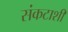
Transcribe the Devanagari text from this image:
संकटाशी